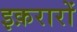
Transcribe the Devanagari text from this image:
इक़रारों